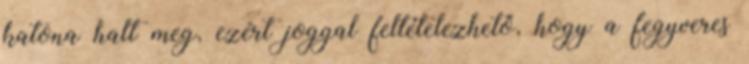
katona halt meg, ezért joggal feltételezhető, hogy a fegyveres